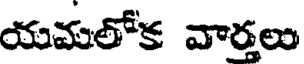
యమలోక వార్తలు